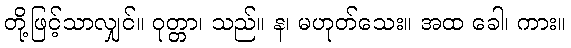
တို့ဖြင့်သာလျှင်။ ဝုတ္တာ၊ သည်။ န၊ မဟုတ်သေး။ အထ ခေါ၊ ကား။